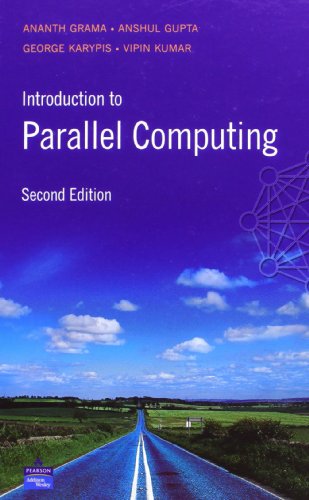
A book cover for Introduction to Parallel Computing (2nd Edition); Ananth Grama; Computers & Technology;